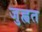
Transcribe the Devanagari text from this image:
जुह्वत